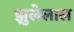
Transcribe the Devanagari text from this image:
झुलेलाल